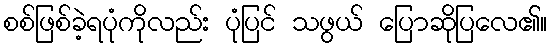
စစ်ဖြစ်ခဲ့ရပုံကိုလည်း ပုံပြင် သဖွယ် ပြောဆိုပြလေ၏။